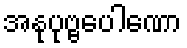
အနုပုဗ္ဗပေါဏော